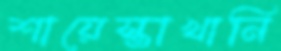
শায়েস্তাখানি